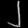
Digit: ၂